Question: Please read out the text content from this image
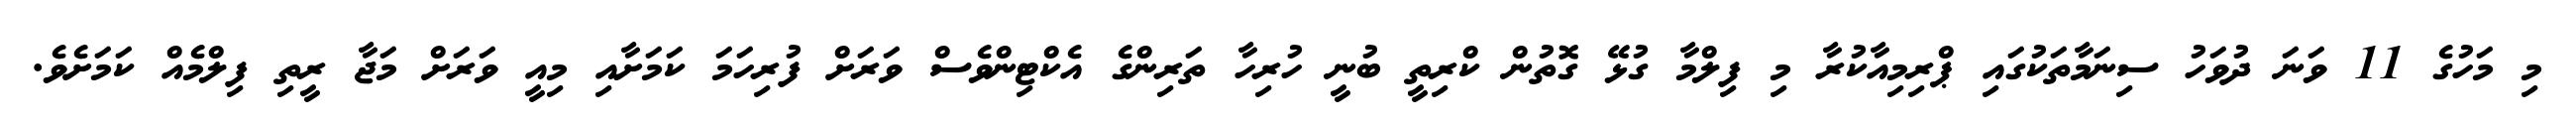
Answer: މި މަހުގެ 11 ވަނަ ދުވަހު ސިނަމާތަކުގައި ޕްރިމިއާކުރާ މި ފިލްމާ ގުޅޭ ގޮތުން ކްރިތީ ބުނީ ހުރިހާ ތަރިންގެ އެކްޓިންވެސް ވަރަށް ފުރިހަމަ ކަމަށާއި މިއީ ވަރަށް މަޖާ ރީތި ފިލްމެއް ކަމަށެވެ.